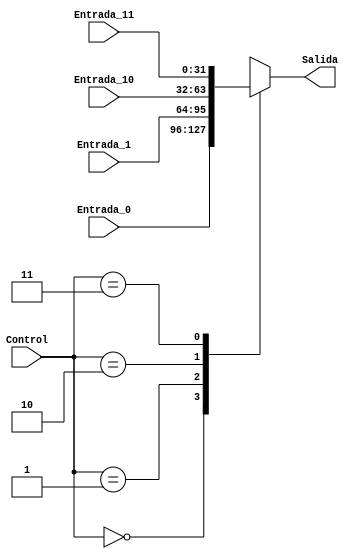
`timescale 1ns / 1ps
//////////////////////////////////////////////////////////////////////////////////
// Company: 
// Engineer: 
// 
// Design Name: 
// Module Name: Mux_4a1_32bits
// Project Name: 
// Target Devices: 
// Tool Versions: 
// Description: 
// 
// Dependencies: 
// 
// Revision:
// Revision 0.01 - File Created
// Additional Comments:
// 
//////////////////////////////////////////////////////////////////////////////////
// DOCUMENTACION
// Puede elegir entre lo que se quiere a la salida del bloque Memoria de Datos, permite escoger entre 4 entradas de 32 bits cada una
// pero puede tener solo una salida de 32 bits, a traves de su seal de control seleccionamos cual entrada se ve reflejada a la salida
//////////////////////////////////////////////////////////////////////////////////

module Mux_4a1_32bits(          //  Tiene como fin el poder elegir entre cualquiera de cuatro entradas de 32 bits a su salida
    input [1:0] Control,        //  Controla cual entrada se muestra a la salida
    input [31:0] Entrada_0,     //  Entrada 00 de 32 bits
    input [31:0] Entrada_1,     //  Entrada 01 de 32 bits
    input [31:0] Entrada_10,    //  Entrada 10 de 32 bits
    input [31:0] Entrada_11,    //  Entrada 11 de 32 bits
    output reg [31:0] Salida    //  Salida de 32 bits
    );
    
    always @(*)                             //  Siempre que se de un cambio en sus entradas o en el control se actualiza
		case(Control)                       //  Se revisa el valor del control
			2'b00: Salida <= Entrada_0;     //  Si el control esta en 00, se muestra a la salida la entrada 0
			2'b01: Salida <= Entrada_1;     //  Si el control esta en 01, se muestra a la salida la entrada 1
			2'b10: Salida <= Entrada_10;    //  Si el control esta en 10, se muestra a la salida la entrada 10
			2'b11: Salida <= Entrada_11;    //  Si el control esta en 11, se muestra a la salida la entrada 11
		endcase
endmodule